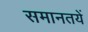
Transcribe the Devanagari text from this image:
समानतयें